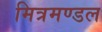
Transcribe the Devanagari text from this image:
मित्रमण्डल